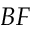
B F